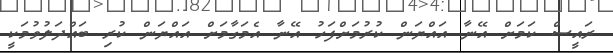
ރައީސް ކަމަށް އޭނާ އައްޔަން ކުރުމަށްފަހު އޭނާ އެމަގާމަށް އައްޔަން ކުރި ބައްދަލުވުމަކީ